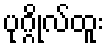
ပုဂ္ဂိုလ်ထူး